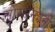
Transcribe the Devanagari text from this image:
सोम्यनंदनी